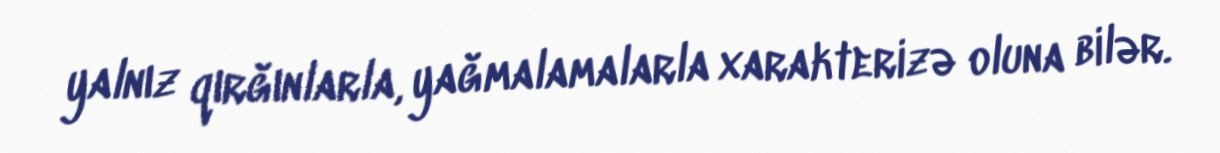
yalnız qırğınlarla, yağmalamalarla xarakterizə oluna bilər.